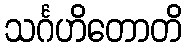
သင်္ဂဟိတောတိ